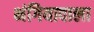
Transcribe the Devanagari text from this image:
भंगियावाला